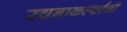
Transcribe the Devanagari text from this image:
रचनाकर्त्यांची